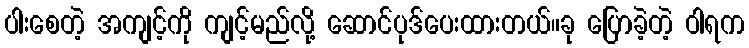
ပါးစေတဲ့ အကျင့်ကို ကျင့်မည်လို့ ဆောင်ပုဒ်ပေးထားတယ်။ခု ပြောခဲ့တဲ့ ဝါရက